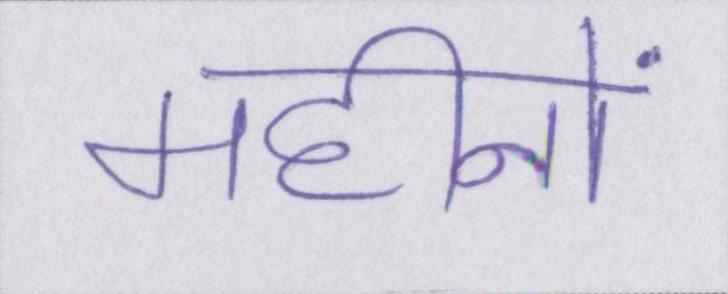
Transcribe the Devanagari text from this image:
महीनों